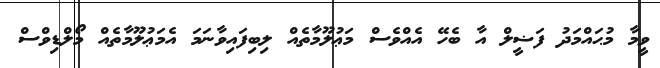
ވީމާ މުޙައްމަދު ފަޟީލް އާ ބެހޭ އެއްވެސް މަޢުލޫމާތެއް ލިބިފައިވާނަމަ އެމަޢުލޫމާތެއް މޯލްޑިވްސް